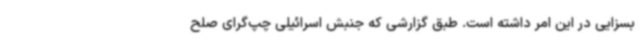
بسزایی در این امر داشته است. طبق گزارشی که جنبش اسرائیلی چپ‌گرای صلح